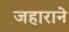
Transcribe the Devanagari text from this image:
जहाराने